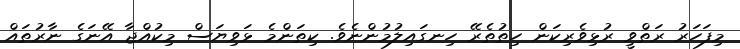
މިފަހަރު ރަތްވީ ރުޅިވެރިކަން ހިތުތެރޭ ހިނގައިލުމުންނެވެ. ކިތަންމެ ޅަވިޔަސް މިކުއްޖާ އޭނަގެ ނާރުތައް